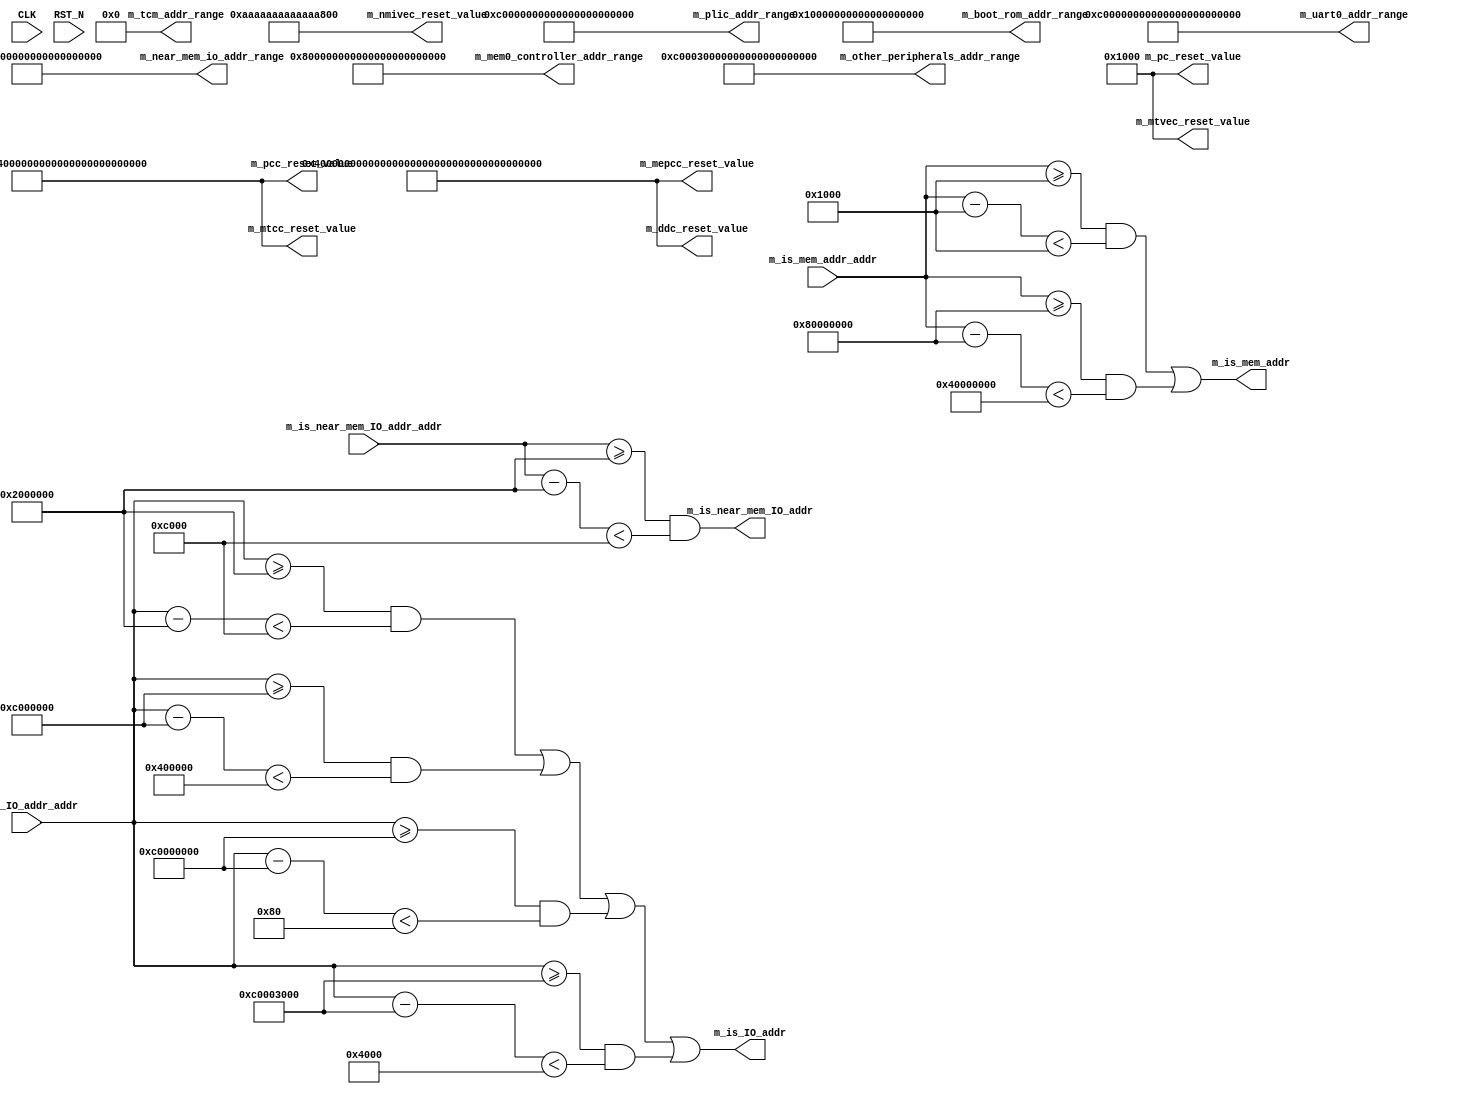
//
// Generated by Bluespec Compiler, version untagged-gb2fda995 (build b2fda995)
//
//
// Ports:
// Name                         I/O  size props
// m_near_mem_io_addr_range       O   128 const
// m_plic_addr_range              O   128 const
// m_uart0_addr_range             O   128 const
// m_other_peripherals_addr_range  O   128 const
// m_boot_rom_addr_range          O   128 const
// m_mem0_controller_addr_range   O   128 const
// m_tcm_addr_range               O   128 const
// m_is_mem_addr                  O     1
// m_is_IO_addr                   O     1
// m_is_near_mem_IO_addr          O     1
// m_pc_reset_value               O    64 const
// m_mtvec_reset_value            O    64 const
// m_nmivec_reset_value           O    64 const
// m_pcc_reset_value              O   151 const
// m_ddc_reset_value              O   151 const
// m_mtcc_reset_value             O   151 const
// m_mepcc_reset_value            O   151 const
// CLK                            I     1 unused
// RST_N                          I     1 unused
// m_is_mem_addr_addr             I    64
// m_is_IO_addr_addr              I    64
// m_is_near_mem_IO_addr_addr     I    64
//
// Combinational paths from inputs to outputs:
//   m_is_mem_addr_addr -> m_is_mem_addr
//   m_is_IO_addr_addr -> m_is_IO_addr
//   m_is_near_mem_IO_addr_addr -> m_is_near_mem_IO_addr
//
//

`ifdef BSV_ASSIGNMENT_DELAY
`else
  `define BSV_ASSIGNMENT_DELAY
`endif

`ifdef BSV_POSITIVE_RESET
  `define BSV_RESET_VALUE 1'b1
  `define BSV_RESET_EDGE posedge
`else
  `define BSV_RESET_VALUE 1'b0
  `define BSV_RESET_EDGE negedge
`endif

module mkSoC_Map(CLK,
		 RST_N,

		 m_near_mem_io_addr_range,

		 m_plic_addr_range,

		 m_uart0_addr_range,

		 m_other_peripherals_addr_range,

		 m_boot_rom_addr_range,

		 m_mem0_controller_addr_range,

		 m_tcm_addr_range,

		 m_is_mem_addr_addr,
		 m_is_mem_addr,

		 m_is_IO_addr_addr,
		 m_is_IO_addr,

		 m_is_near_mem_IO_addr_addr,
		 m_is_near_mem_IO_addr,

		 m_pc_reset_value,

		 m_mtvec_reset_value,

		 m_nmivec_reset_value,

		 m_pcc_reset_value,

		 m_ddc_reset_value,

		 m_mtcc_reset_value,

		 m_mepcc_reset_value);
  input  CLK;
  input  RST_N;

  // value method m_near_mem_io_addr_range
  output [127 : 0] m_near_mem_io_addr_range;

  // value method m_plic_addr_range
  output [127 : 0] m_plic_addr_range;

  // value method m_uart0_addr_range
  output [127 : 0] m_uart0_addr_range;

  // value method m_other_peripherals_addr_range
  output [127 : 0] m_other_peripherals_addr_range;

  // value method m_boot_rom_addr_range
  output [127 : 0] m_boot_rom_addr_range;

  // value method m_mem0_controller_addr_range
  output [127 : 0] m_mem0_controller_addr_range;

  // value method m_tcm_addr_range
  output [127 : 0] m_tcm_addr_range;

  // value method m_is_mem_addr
  input  [63 : 0] m_is_mem_addr_addr;
  output m_is_mem_addr;

  // value method m_is_IO_addr
  input  [63 : 0] m_is_IO_addr_addr;
  output m_is_IO_addr;

  // value method m_is_near_mem_IO_addr
  input  [63 : 0] m_is_near_mem_IO_addr_addr;
  output m_is_near_mem_IO_addr;

  // value method m_pc_reset_value
  output [63 : 0] m_pc_reset_value;

  // value method m_mtvec_reset_value
  output [63 : 0] m_mtvec_reset_value;

  // value method m_nmivec_reset_value
  output [63 : 0] m_nmivec_reset_value;

  // value method m_pcc_reset_value
  output [150 : 0] m_pcc_reset_value;

  // value method m_ddc_reset_value
  output [150 : 0] m_ddc_reset_value;

  // value method m_mtcc_reset_value
  output [150 : 0] m_mtcc_reset_value;

  // value method m_mepcc_reset_value
  output [150 : 0] m_mepcc_reset_value;

  // signals for module outputs
  wire [150 : 0] m_ddc_reset_value,
		 m_mepcc_reset_value,
		 m_mtcc_reset_value,
		 m_pcc_reset_value;
  wire [127 : 0] m_boot_rom_addr_range,
		 m_mem0_controller_addr_range,
		 m_near_mem_io_addr_range,
		 m_other_peripherals_addr_range,
		 m_plic_addr_range,
		 m_tcm_addr_range,
		 m_uart0_addr_range;
  wire [63 : 0] m_mtvec_reset_value, m_nmivec_reset_value, m_pc_reset_value;
  wire m_is_IO_addr, m_is_mem_addr, m_is_near_mem_IO_addr;

  // remaining internal signals
  wire [63 : 0] x__h140, x__h164, x__h209, x__h233, x__h258, x__h283, x__h310;
  wire NOT_m_is_IO_addr_addr_ULT_0x2000000_1_2_AND_m__ETC___d27;

  // value method m_near_mem_io_addr_range
  assign m_near_mem_io_addr_range = 128'h0000000002000000000000000000C000 ;

  // value method m_plic_addr_range
  assign m_plic_addr_range = 128'h000000000C0000000000000000400000 ;

  // value method m_uart0_addr_range
  assign m_uart0_addr_range = 128'h00000000C00000000000000000000080 ;

  // value method m_other_peripherals_addr_range
  assign m_other_peripherals_addr_range =
	     128'h00000000C00030000000000000004000 ;

  // value method m_boot_rom_addr_range
  assign m_boot_rom_addr_range = 128'h00000000000010000000000000001000 ;

  // value method m_mem0_controller_addr_range
  assign m_mem0_controller_addr_range =
	     128'h00000000800000000000000040000000 ;

  // value method m_tcm_addr_range
  assign m_tcm_addr_range = 128'd0 ;

  // value method m_is_mem_addr
  assign m_is_mem_addr =
	     m_is_mem_addr_addr >= 64'h0000000000001000 &&
	     x__h140 < 64'h0000000000001000 ||
	     m_is_mem_addr_addr >= 64'h0000000080000000 &&
	     x__h164 < 64'h0000000040000000 ;

  // value method m_is_IO_addr
  assign m_is_IO_addr =
	     NOT_m_is_IO_addr_addr_ULT_0x2000000_1_2_AND_m__ETC___d27 ||
	     m_is_IO_addr_addr >= 64'h00000000C0003000 &&
	     x__h283 < 64'h0000000000004000 ;

  // value method m_is_near_mem_IO_addr
  assign m_is_near_mem_IO_addr =
	     m_is_near_mem_IO_addr_addr >= 64'h0000000002000000 &&
	     x__h310 < 64'h000000000000C000 ;

  // value method m_pc_reset_value
  assign m_pc_reset_value = 64'h0000000000001000 ;

  // value method m_mtvec_reset_value
  assign m_mtvec_reset_value = 64'h0000000000001000 ;

  // value method m_nmivec_reset_value
  assign m_nmivec_reset_value = 64'hAAAAAAAAAAAAAAAA ;

  // value method m_pcc_reset_value
  assign m_pcc_reset_value = 151'h40000000000004000000FFFF1FFFFF44000000 ;

  // value method m_ddc_reset_value
  assign m_ddc_reset_value = 151'h40000000000000000000FFFF1FFFFF44000000 ;

  // value method m_mtcc_reset_value
  assign m_mtcc_reset_value = 151'h40000000000004000000FFFF1FFFFF44000000 ;

  // value method m_mepcc_reset_value
  assign m_mepcc_reset_value = 151'h40000000000000000000FFFF1FFFFF44000000 ;

  // remaining internal signals
  assign NOT_m_is_IO_addr_addr_ULT_0x2000000_1_2_AND_m__ETC___d27 =
	     m_is_IO_addr_addr >= 64'h0000000002000000 &&
	     x__h209 < 64'h000000000000C000 ||
	     m_is_IO_addr_addr >= 64'h000000000C000000 &&
	     x__h233 < 64'h0000000000400000 ||
	     m_is_IO_addr_addr >= 64'h00000000C0000000 &&
	     x__h258 < 64'h0000000000000080 ;
  assign x__h140 = m_is_mem_addr_addr - 64'h0000000000001000 ;
  assign x__h164 = m_is_mem_addr_addr - 64'h0000000080000000 ;
  assign x__h209 = m_is_IO_addr_addr - 64'h0000000002000000 ;
  assign x__h233 = m_is_IO_addr_addr - 64'h000000000C000000 ;
  assign x__h258 = m_is_IO_addr_addr - 64'h00000000C0000000 ;
  assign x__h283 = m_is_IO_addr_addr - 64'h00000000C0003000 ;
  assign x__h310 = m_is_near_mem_IO_addr_addr - 64'h0000000002000000 ;
endmodule  // mkSoC_Map